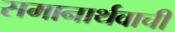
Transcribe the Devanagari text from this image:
समानार्थवाची